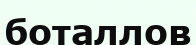
боталлов